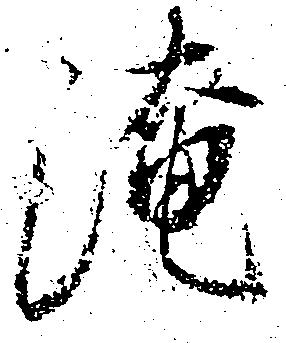
淹